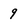
Character: 9